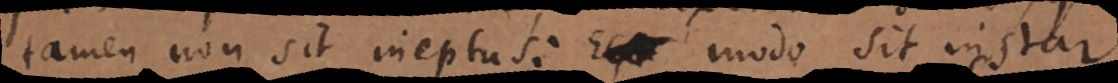
tamen non sit ineptus; modo sit instar